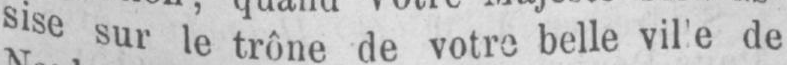
de